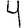
Digit: 4